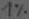
Text: 1%